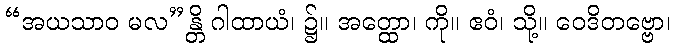
“အယသာဝ မလ”န္တိ ဂါထာယံ၊ ၌။ အတ္ထော၊ ကို။ ဧဝံ၊ သို့။ ဝေဒိတဗ္ဗော၊